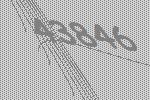
43846